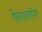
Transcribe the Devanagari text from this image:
ऐनालॉग